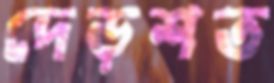
দেড়শত